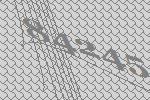
84245